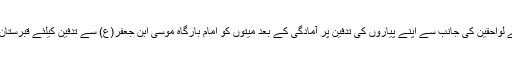
بعد ازاں شہدا کے لواحقین کی جانب سے اپنے پیاروں کی تدفین پر آمادگی کے بعد میتوں کو امام بارگاہ موسی ابن جعفر(ع) سے تدفین کیلئے قبرستان منتقل کردیا گیا۔